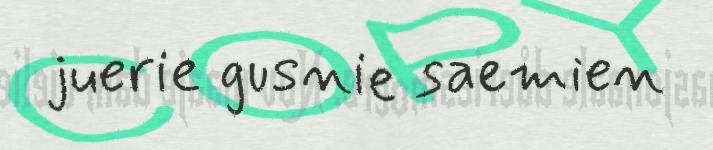
juerie gusnie saemien